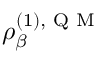
\rho _ { \beta } ^ { ( 1 ) , \textrm { Q M } }